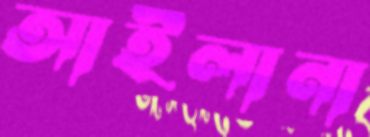
আইলানা